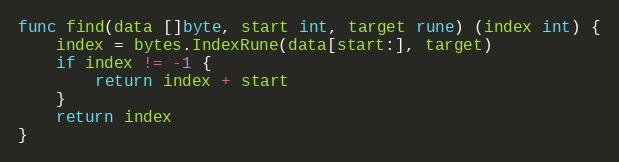
Language: Go
func find(data []byte, start int, target rune) (index int) {
	index = bytes.IndexRune(data[start:], target)
	if index != -1 {
		return index + start
	}
	return index
}